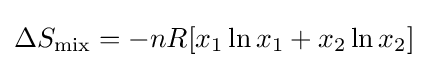
\Delta S_{\text{mix}}=-nR[x_{1}\ln x_{1}+x_{2}\ln x_{2}]